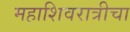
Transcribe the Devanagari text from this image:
महाशिवरात्रीचा